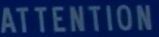
ATTENTION